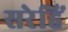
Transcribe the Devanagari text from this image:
सरेहिं